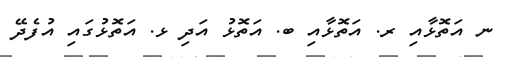
ނ އަތޮޅާއި ރ. އަތޮޅާއި ބ. އަތޮޅު އަދި ޅ. އަތޮޅުގައި އުފެދޭ